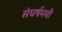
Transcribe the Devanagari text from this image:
संघर्षमयी